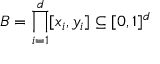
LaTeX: B = \prod _ { i = 1 } ^ { d } [ x _ { i } , y _ { i } ] \subseteq [ 0 , 1 ] ^ { d }